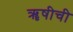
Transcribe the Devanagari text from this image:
ॠषीची